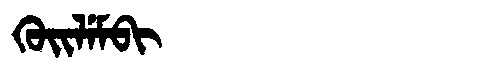
Manchu: ᡴᡠᡳᠯᡝᠮᠪᡳ
Romanization: KUILEMBI